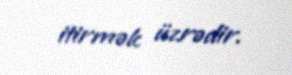
itirmək üzrədir.